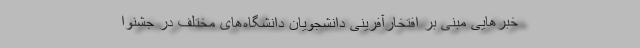
خبرهایی مبنی بر افتخارآفرینی دانشجویان دانشگاه‌های مختلف در جشنوا